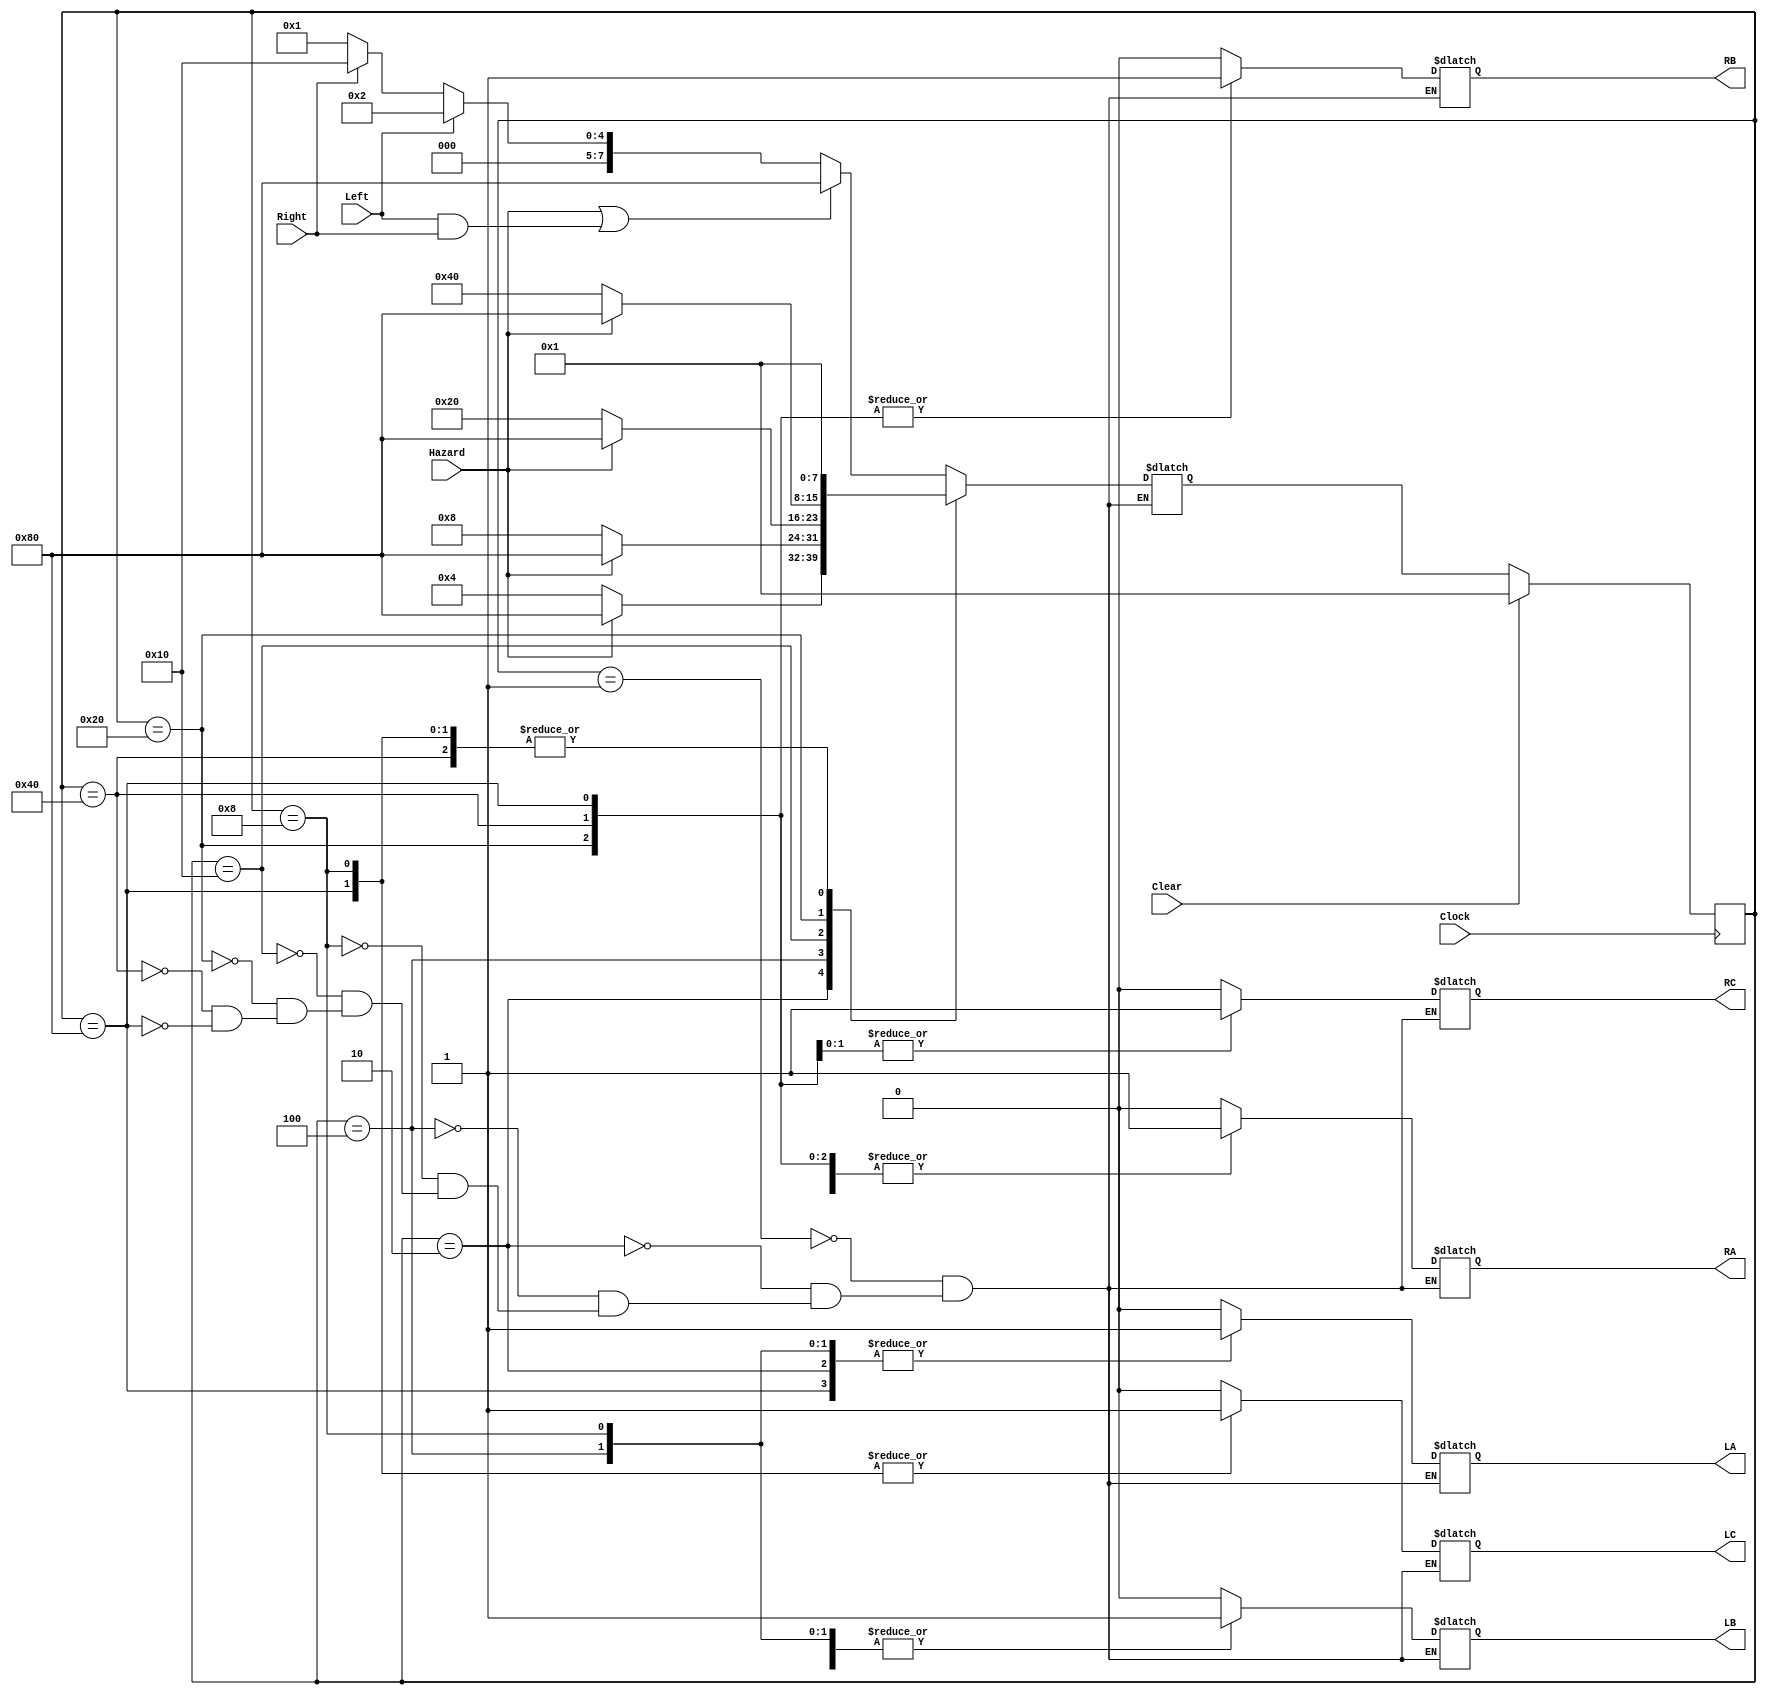
//
// behavioral model of the T Bird Tail Light FSM
//



module TBirdTailLights(Clock, Clear, Left, Right, Hazard, LA, LB, LC, RA, RB, RC);
input Clock, Clear, Left, Right, Hazard;
output LA,LB,LC,RA,RB,RC;
reg LA,LB,LC,RA,RB,RC;


parameter ON  = 1'b1;
parameter OFF = 1'b0;

// define states using same names and state assignments as state diagram and table
// Using one-hot method, we have one bit per state

parameter
	IDLE  = 8'b00000001,
	L1    = 8'b00000010,
	L2    = 8'b00000100,
	L3    = 8'b00001000,
	R1    = 8'b00010000,
	R2    = 8'b00100000,
	R3    = 8'b01000000,
	LR3   = 8'b10000000;


reg [7:0] State, NextState;


//
// Update state or reset on every + clock edge
//

always @(posedge Clock)
begin
if (Clear)
	State <= IDLE;
else
	State <= NextState;
end



//
// Outputs depend only upon state (Moore machine)
//

always @(State)
begin
case (State)
	IDLE:	begin
		LA = OFF;
		LB = OFF;
		LC = OFF;
		RA = OFF;
		RB = OFF;
		RC = OFF;
		end

	L1:	begin
		LA = ON;
		LB = OFF;
		LC = OFF;
		RA = OFF;
		RB = OFF;
		RC = OFF;
		end

	L2:	begin
		LA = ON;
		LB = ON;
		LC = OFF;
		RA = OFF;
		RB = OFF;
		RC = OFF;
		end

	L3:	begin
		LA = ON;
		LB = ON;
		LC = ON;
		RA = OFF;
		RB = OFF;
		RC = OFF;
		end

	R1:	begin
		LA = OFF;
		LB = OFF;
		LC = OFF;
		RA = ON;
		RB = OFF;
		RC = OFF;
		end

	R2:	begin
		LA = OFF;
		LB = OFF;
		LC = OFF;
		RA = ON;
		RB = ON;
		RC = OFF;
		end

	R3:	begin
		LA = OFF;
		LB = OFF;
		LC = OFF;
		RA = ON;
		RB = ON;
		RC = ON;
		end

	LR3:	begin
		LA = ON;
		LB = ON;
		LC = ON;
		RA = ON;
		RB = ON;
		RC = ON;
		end

endcase
end



//
// Next state generation logic
//

always @(State or Left or Right or Hazard)
begin
case (State)
	IDLE:	begin
		if (Hazard || Left && Right)
			NextState = LR3;
		else if (Left)
			NextState = L1;
		else if (Right)
			NextState = R1;
		else
			NextState = IDLE;
		end

	L1:	begin
		if (Hazard)
			NextState = LR3;
		else
			NextState = L2;
		end

	L2:	begin
		if (Hazard)
			NextState = LR3;
		else
			NextState = L3;
		end

	L3:	begin
		NextState = IDLE;
		end

	R1:	begin
		if (Hazard)
			NextState = LR3;
		else
			NextState = R2;
		end

	R2:	begin
		if (Hazard)
			NextState = LR3;
		else
			NextState = R3;
		end

	R3:	begin
		NextState = IDLE;
		end

	LR3:	begin
		NextState = IDLE;
		end
endcase
end


endmodule